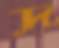
দ